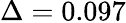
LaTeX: \Delta=0.097